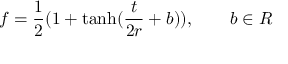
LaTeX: f = \frac 1 2 ( 1 + \operatorname { t a n h } ( \frac { t } { 2 r } + b ) ) , \qquad b \in \b { R }